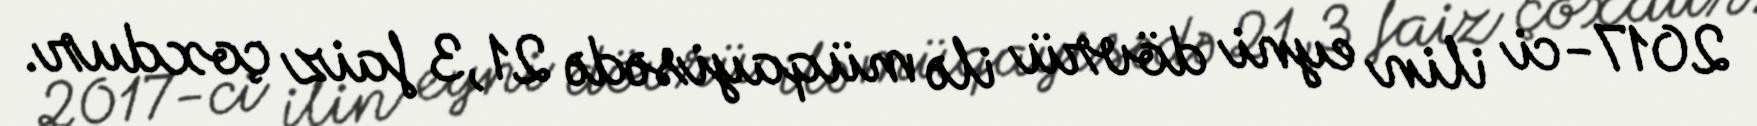
2017-ci ilin eyni dövrü ilə müqayisədə 21,3 faiz çoxdur.